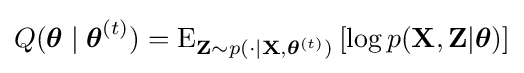
Q({\boldsymbol {\theta }}\mid {\boldsymbol {\theta }}^{(t)})=\operatorname {E} _{\mathbf {Z} \sim p(\cdot |\mathbf {X} ,{\boldsymbol {\theta }}^{(t)})}\left[\log p(\mathbf {X} ,\mathbf {Z} |{\boldsymbol {\theta }})\right]